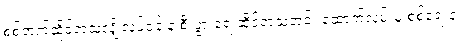
စစ်ဘက်ဆိုင်ရာသူလျှိုလုပ်ငန်းနဲ့ စီးပွားရေးဆိုင်ရာသတင်း ထောက်လှမ်းမှု စစ်ရေးနဲ့